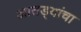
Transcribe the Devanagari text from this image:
आतड्यांचा